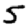
Digit: 5